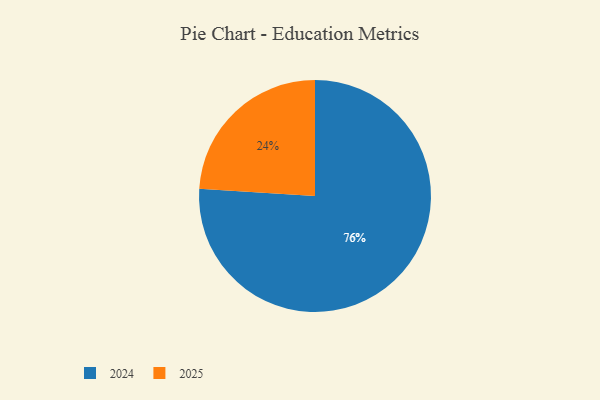
{"axis": {"x": "Category", "y": "Percentage"}, "legend": ["2024", "2025"], "data": [{"x": "2024", "y": 76, "type": "2024"}, {"x": "2025", "y": 24, "type": "2025"}]}